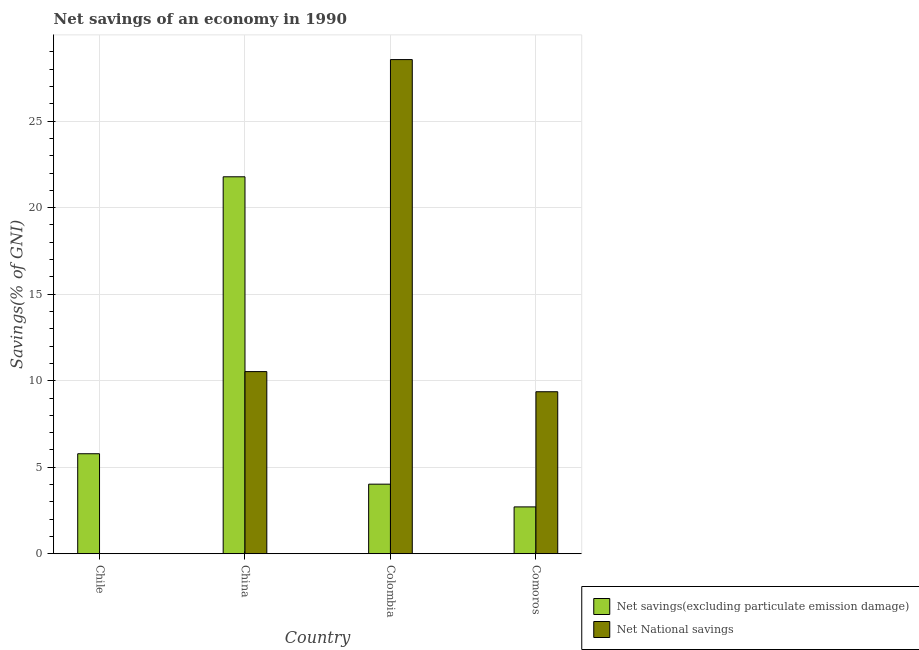
| Country | Net savings(excluding particulate emission damage) | Net National savings |
 | --- | --- | --- |
 | Chile | 5.78 | -3.8 |
 | China | 21.8 | 10.5 |
 | Colombia | 4.02 | 28.6 |
 | Comoros | 2.71 | 9.36 |